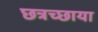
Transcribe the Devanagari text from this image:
छत्रच्छाया